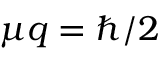
\mu q = \hbar / 2